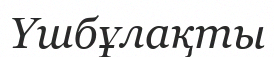
Үшбұлақты